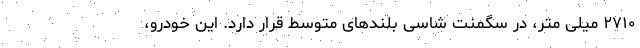
۲۷۱۰ میلی متر، در سگمنت شاسی بلندهای متوسط قرار دارد. این خودرو،